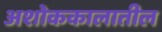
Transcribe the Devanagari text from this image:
अशोककालातील